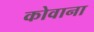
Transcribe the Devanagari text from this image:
कोवाना